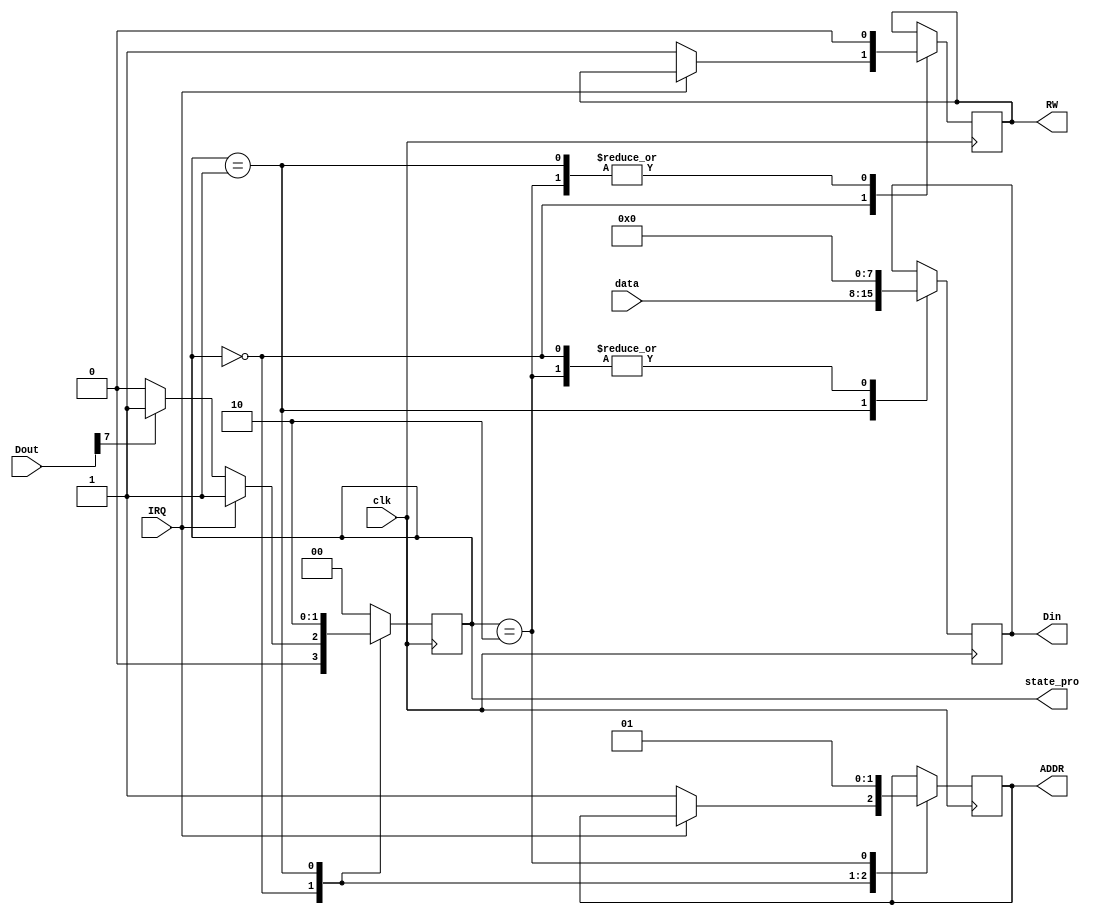
`timescale 1ns / 1ps
//////////////////////////////////////////////////////////////////////////////////
// Company: 
// Engineer: 
// 
// Design Name: 
// Module Name: processor
// Project Name: 
// Target Devices: 
// Tool Versions: 
// Description: 
// 
// Dependencies: 
// 
// Revision:
// Revision 0.01 - File Created
// Additional Comments:
// 
//////////////////////////////////////////////////////////////////////////////////


module processor(
    output ADDR,
    input [7:0] Dout,
    output [7:0] Din,
    output RW,
    input IRQ,
    input clk,
    input [7:0] data,      //
    output [1:0]state_pro
    );
    
    parameter query=0, writeBR=1, setSR=2;
    reg [1:0]state=query;
    reg addrReg=1;
    reg rw=1;
    reg [7:0] Rin=0;
    
    assign ADDR=addrReg;
    assign Din=Rin;
    assign RW=rw;
    assign state_pro=state;
    
    always@(posedge clk)
    begin
        case(state)
            query:begin
                Rin <= 0;
                if(IRQ) state <= writeBR;
                else begin
                    addrReg <= 1;   //SR
                    rw <= 1;
                    if(Dout[7]==1) state <= writeBR;
                    else state <= query;
                end
            end
            
            writeBR:begin
                addrReg <= 0;   //BR
                rw <= 0;
                Rin <= data;
                state <= setSR;   
            end
            
            setSR:begin
                addrReg <= 1;   //SR
                rw <= 0;
                Rin <= 0;
                state <= query;
            end
            
            default:begin
                state <= query;
            end
            
        endcase
    end
    
endmodule